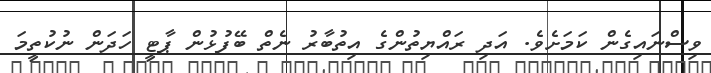
ވިސްނައިގެން ކަމަށެވެ. އަދި ރައްޔިތުންގެ އިތުބާރު ނެތް ބޭފުޅުން ޕާޓީ ހަދަން ނުކުތީމަ